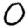
Digit: 0